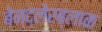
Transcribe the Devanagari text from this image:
बेन्द्लेरब्लाक